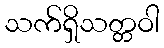
သက်ရှိသတ္တဝါ